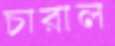
চারাল